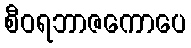
စီဝရဘာဇကောပေ